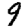
Digit: 9